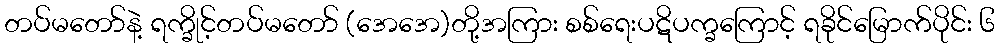
တပ်မတော်နဲ့ ရက္ခိုင့်တပ်မတော် (အေအေ)တို့အကြား စစ်ရေးပဋိပက္ခကြောင့် ရခိုင်မြောက်ပိုင်း ၆